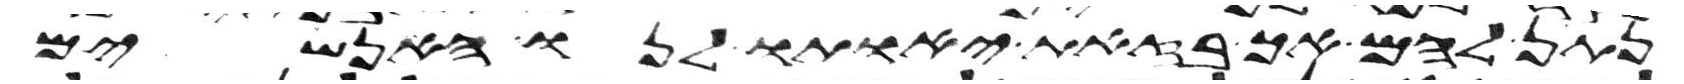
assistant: נתן להם אך בזאת יאותו לנו האנשים